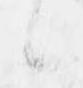
候